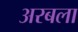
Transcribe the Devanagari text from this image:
अरबला